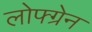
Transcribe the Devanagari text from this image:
लोफ्ग्रेन